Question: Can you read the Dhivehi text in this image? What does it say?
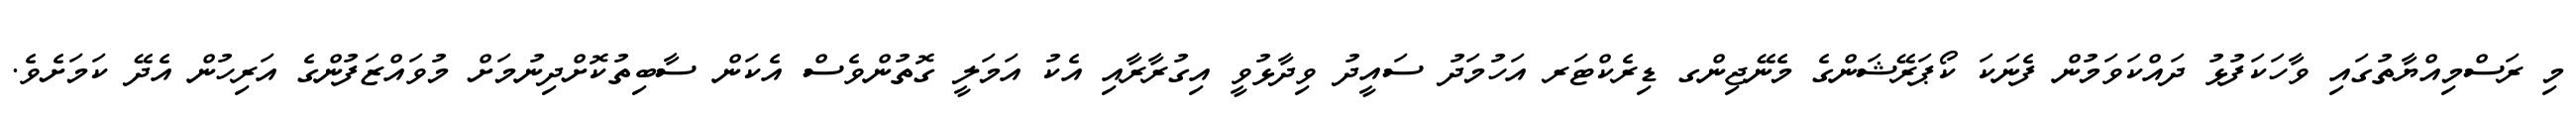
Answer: މި ރަސްމިއްޔާތުގައި ވާހަކަފުޅު ދައްކަވަމުން ފެނަކަ ކޯޕަރޭޝަންގެ މެނޭޖިންގ ޑިރެކްޓަރ އަހުމަދު ސައީދު ވިދާޅުވީ އިގުރާރާއި އެކު އަމަލީ ގޮތުންވެސް އެކަން ސާބިތުކޮށްދިނުމަށް މުވައްޒަފުންގެ އަރިހުން އެދޭ ކަމަށެވެ.